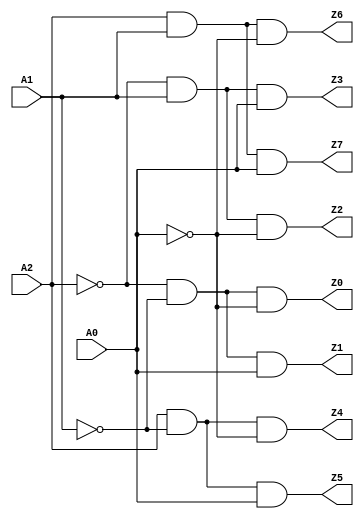
module decoder (input A2, A1, A0, output Z0, Z1, Z2, Z3, Z4, Z5, Z6, Z7);
	wire A2_bar, A1_bar, A0_bar;
	not U1(A2_bar, A2);
	not U2(A1_bar, A1);
	not U3(A0_bar, A0);
	and U4(Z0, A2_bar, A1_bar, A0_bar);
	and U5(Z1, A2_bar, A1_bar, A0);
	and U6(Z2, A2_bar, A1, A0_bar);
	and U7(Z3, A2_bar, A1, A0);
	and U8(Z4, A2, A1_bar, A0_bar);
	and U9(Z5, A2, A1_bar, A0);
	and U10(Z6, A2, A1, A0_bar);
	and U11(Z7, A2, A1, A0);
endmodule